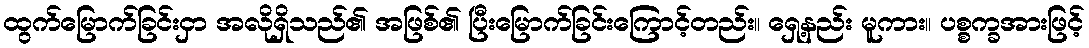
ထွက်မြောက်ခြင်းငှာ အလိုရှိသည်၏ အဖြစ်၏ ပြီးမြောက်ခြင်းကြောင့်တည်း။ ရှေ့နည်း မူကား။ ပစ္စက္ခအားဖြင့်